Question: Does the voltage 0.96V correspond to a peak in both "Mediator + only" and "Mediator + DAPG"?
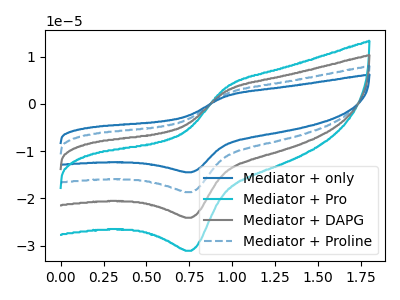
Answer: <think>The blue curve "Mediator + only" has an anodic peak at (0.95V, 8.00uA) and a cathodic peak at (0.75V, -72.35uA). The cyan curve "Mediator + Pro" has an anodic peak at (0.95V, 3.45uA) and a cathodic peak at (0.75V, -31.10uA). The gray curve "Mediator + DAPG" has an anodic peak at (0.95V, 2.65uA) and a cathodic peak at (0.75V, -24.10uA). The blue dashed curve "Mediator + Proline" has an anodic peak at (0.95V, 5.35uA) and a cathodic peak at (0.75V, -48.25uA).</think>
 <answer>Yes, "Mediator + only" and "Mediator + DAPG" share a peak at 0.96V.</answer>
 <eval>match</eval>